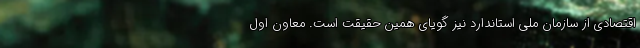
اقتصادی از سازمان ملی استاندارد نیز گویای همین حقیقت است. معاون اول